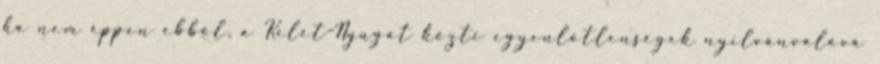
ha nem éppen ebből, a Kelet-Nyugat közti egyenlőtlenségek nyilvánvalóvá